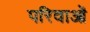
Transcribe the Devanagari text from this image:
परिवाओं